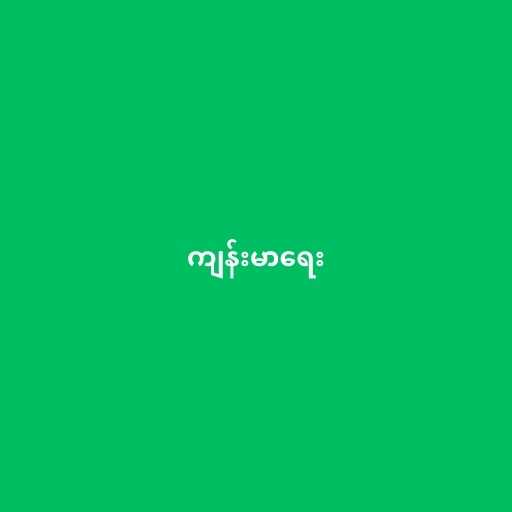
ကျန်းမာရေး